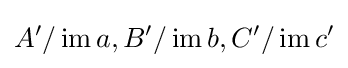
A'/\operatorname {im} a,B'/\operatorname {im} b,C'/\operatorname {im} c'